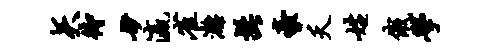
矢待妙瀛雀漓髭豪夭姓俄学